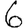
Digit: 6